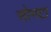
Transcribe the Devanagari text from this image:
सोनटा